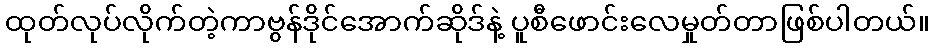
ထုတ်လုပ်လိုက်တဲ့ကာဗွန်ဒိုင်အောက်ဆိုဒ်နဲ့ ပူစီဖောင်းလေမှုတ်တာဖြစ်ပါတယ်။